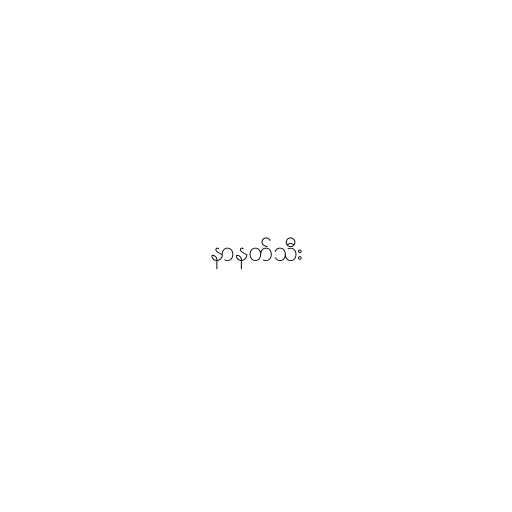
နာနတ်သီး